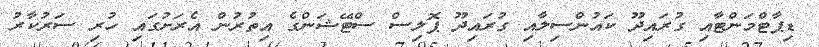
ޑިޕާޓްމަންޓާއި ގުރައިދޫ ކައުންސިލާއި ގުރައިދޫ ޕޮލިސް ސްޓޭޝަންގެ އިތުރުން އެރަށުގައި ހުރި ސަރުކާރު